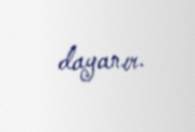
dayanır.